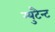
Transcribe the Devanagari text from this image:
म्युटैन्ट